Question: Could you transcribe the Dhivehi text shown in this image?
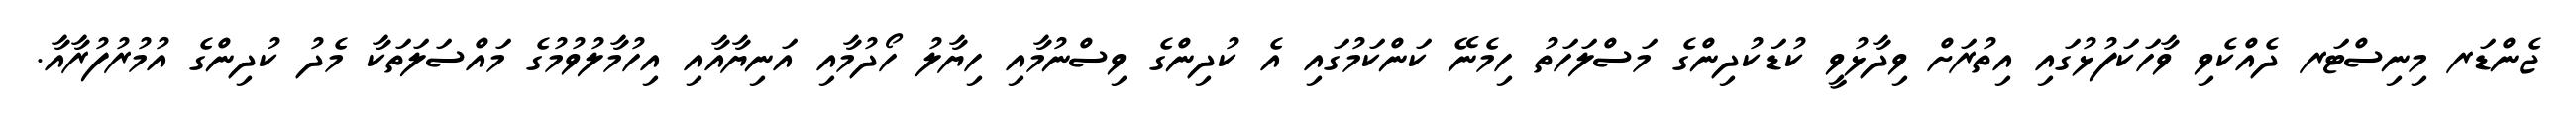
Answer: ޖެންޑަރ މިނިސްޓަރ ދެއްކެވި ވާހަކަފުޅުގައި އިތުރަށް ވިދާޅުވީ ކުޑަކުދިންގެ މަސްލަހަތު ހިމެނޭ ކަންކަމުގައި އެ ކުދިންގެ ވިސްނުމާއި ހިޔާލު ހޯދުމާއި އަނިޔާއާއި އިހުމާލުވުމުގެ މައްސަލަތަކާ މެދު ކުދިންގެ އުމުރުފުރާއާ.